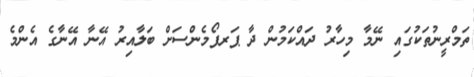
ތަމްރީނުތަކުގައި ނޭމާ މިހާރު ދައްކަމުން ދާ ޕަރފޯމެންސަށް ބަލާއިރު އޭނާ އޭނާގެ އެންމެ